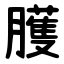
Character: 臒